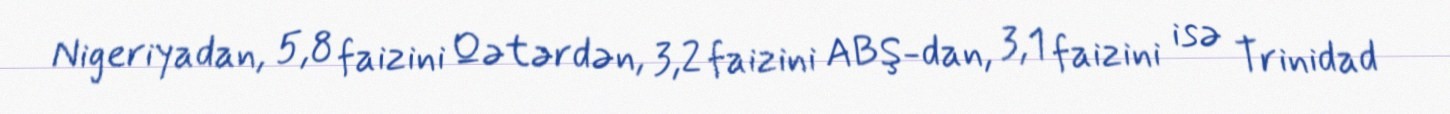
Nigeriyadan, 5,8 faizini Qətərdən, 3,2 faizini ABŞ-dan, 3,1 faizini isə Trinidad